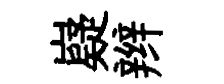
嶷辫